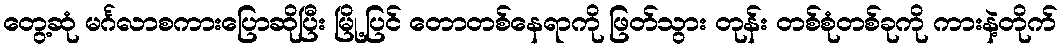
တွေ့ဆုံ မင်္ဂလာစကားပြောဆိုပြီး မြို့ပြင် တောတစ်နေရာကို ဖြတ်သွား တုန်း တစ်စုံတစ်ခုကို ကားနဲ့တိုက်